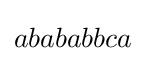
abababbca